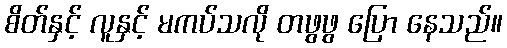
စိတ်နှင့် လူနှင့် မကပ်သလို တဖွဖွ ပြော နေသည်။